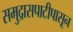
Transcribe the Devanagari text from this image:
समुद्रासपाटीपासून